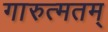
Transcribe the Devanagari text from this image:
गारुत्मतम्